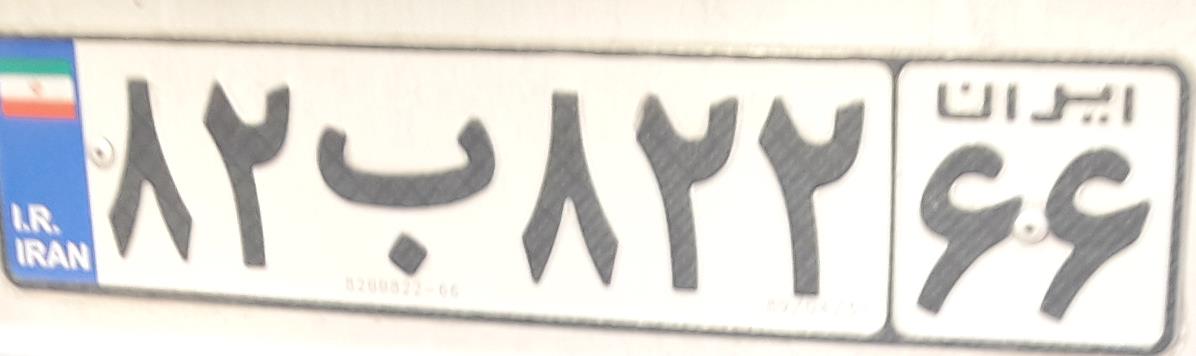
۸۲ب۸۲۲۶۶